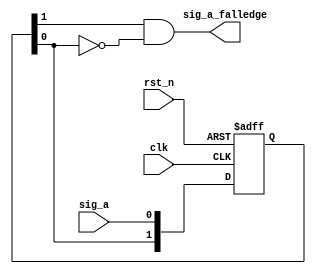
// *********************************************************************************
// Project Name : Fall edge detect
// Email        : 
// Website      : 
// Create Time  : 201// 
// Module Name  : 
// Abstract     : Detecting the falling edge of input signal
// editor		: sublime text 3
// *********************************************************************************
// Modification History:
// Date         By              Version                 Change Description
// -----------------------------------------------------------------------
// 201//    Crazy Cao           1.0                     Original
//  
// *********************************************************************************
`timescale      1ns/1ns
module falledge_detect
		(clk,
		rst_n,
		sig_a,
		sig_a_falledge);

input	clk;
input	rst_n;
input	sig_a;
output	sig_a_falledge;

reg	[1:0] sig_a_d;

always @(posedge clk, negedge rst_n) begin
	if(!rst_n)
		sig_a_d <= 2'b00;
	else
		sig_a_d <= {sig_a_d[0], sig_a};
end

assign sig_a_falledge = sig_a_d[1] & !sig_a_d[0];

endmodule